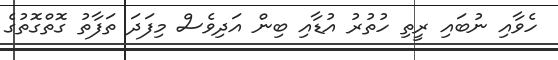
ހެވާއި ނުބައި ރީތި ހުތުރު އުޑާއި ބިން އަދިވެސް މިފަދަ ތަފާތު ގޮތްގޮތުގެ